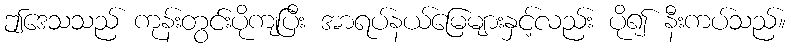
ဤဒေသသည် ကုန်းတွင်းပိုကျပြီး အာရပ်နယ်မြေများနှင့်လည်း ပို၍ နီးကပ်သည်။